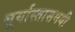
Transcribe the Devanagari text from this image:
सूर्यास्तासमयी